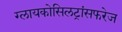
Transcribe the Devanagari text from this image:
ग्लायकोसिलट्रांसफरेज